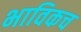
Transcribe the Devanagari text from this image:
भाविकच